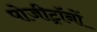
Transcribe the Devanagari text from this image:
पोजीट्रॉनों